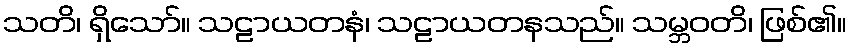
သတိ၊ ရှိသော်။ သဠာယတနံ၊ သဠာယတနသည်။ သမ္ဘဝတိ၊ ဖြစ်၏။